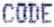
CODE